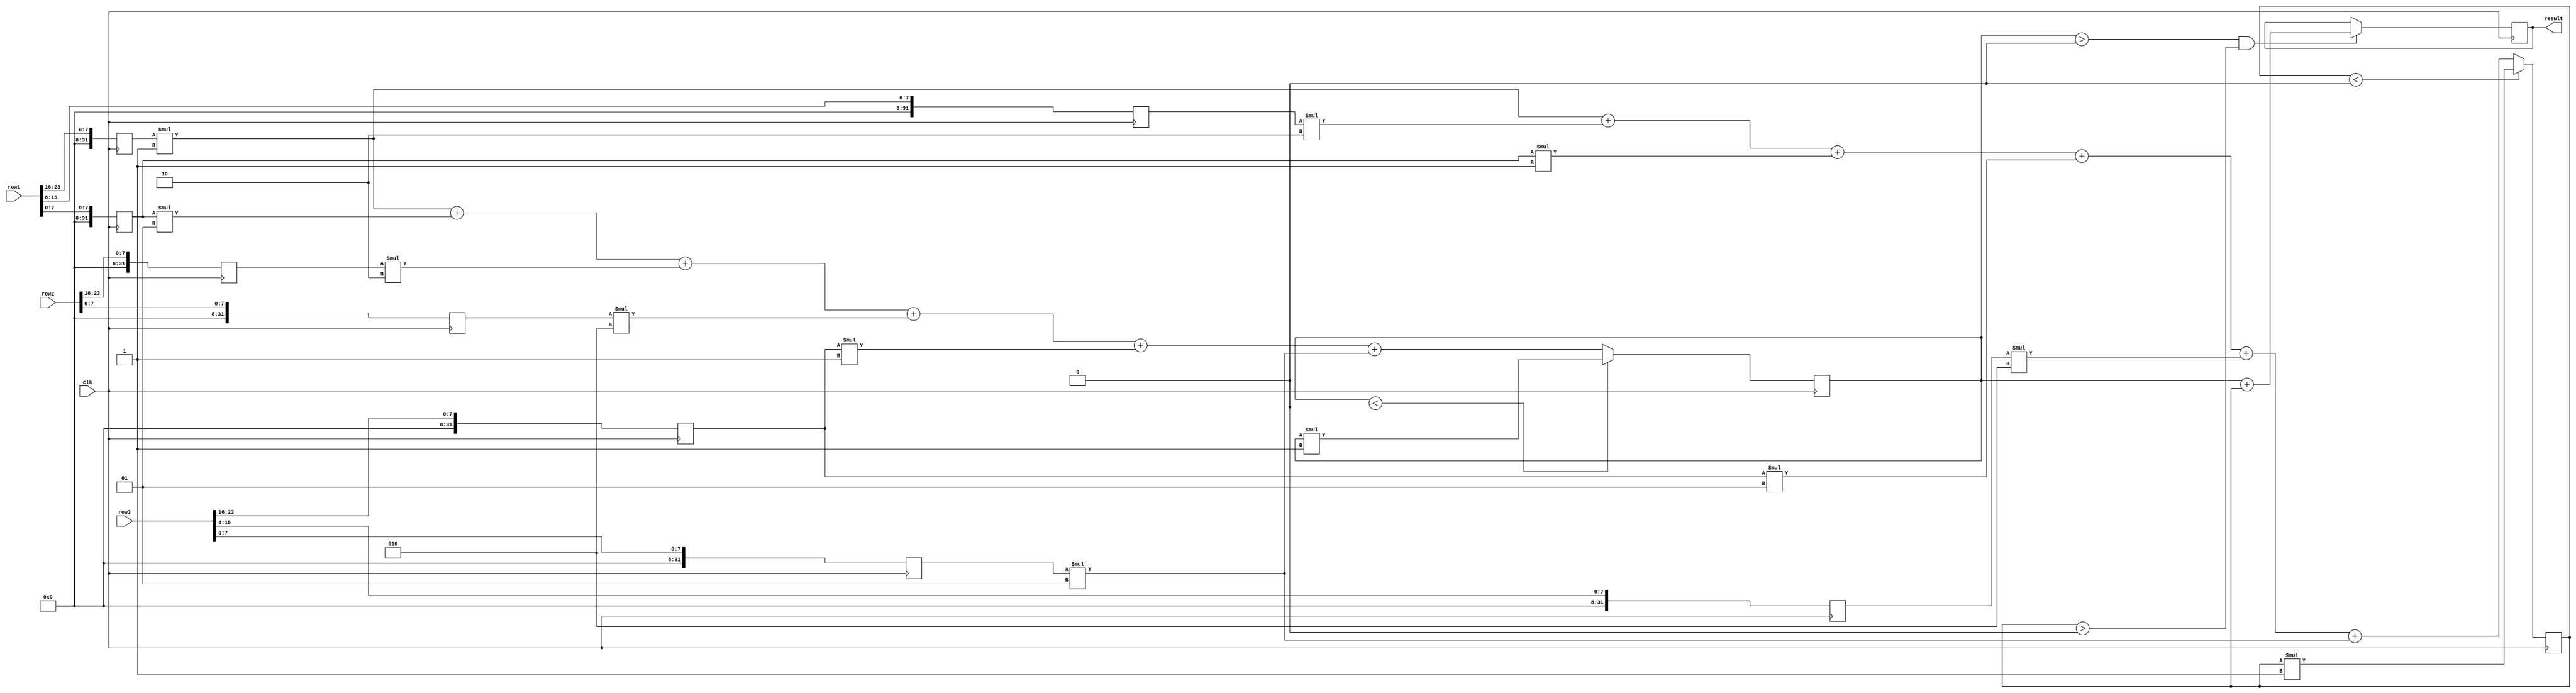
module sobel(
   input	     clk,
   input wire [23:0] row1,
   input wire [23:0] row2,
   input wire [23:0] row3,
   output integer    result
);

   integer	     r1c1;
   integer	     r1c2;
   integer	     r1c3;

   integer	     r2c1;
   //integer	     r2c2;
   integer	     r2c3;

   integer	     r3c1;
   integer	     r3c2;
   integer	     r3c3;

   integer	     Gx;
   integer	     Gy;

   always @ (posedge clk)
     begin
	r1c1 <= row1[23:16];
	r1c2 <= row1[15:8];
	r1c3 <= row1[7:0];

	r2c1 <= row2[23:16];
	//r2c2 <= row2[15:8];
	r2c3 <= row2[7:0];

	r3c1 <= row3[23:16];
	r3c2 <= row3[15:8];
	r3c3 <= row3[7:0];

	// Calculate Gx

	Gx <= r1c1 * -1 + r1c3 * 1 +
		r2c1 * -2 + r2c3 * 2 +
		r3c1 * -1 + r3c3 * 1;

	// Calculate Gy

	Gy <= r1c1 * -1 + r1c2 * -2 + r1c3 * -1 +
		r3c1 * 1 + r3c2 * 2 + r3c3 * 1;

	// Take absolute value of Gx and Gy

	if (Gx < 0)
	  Gx <= Gx * -1;

	if (Gy < 0)
	  Gy <= Gy * -1;

	// G = |Gx| + |Gy|

	if (Gx > 0 && Gy > 0)
	  result <= Gx + Gy;

     end // always @ (posedge clk)

endmodule